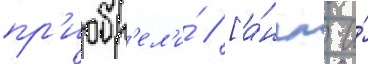
пр'иобр'ел'и́ // [а́нгл. и́